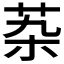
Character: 𰰶